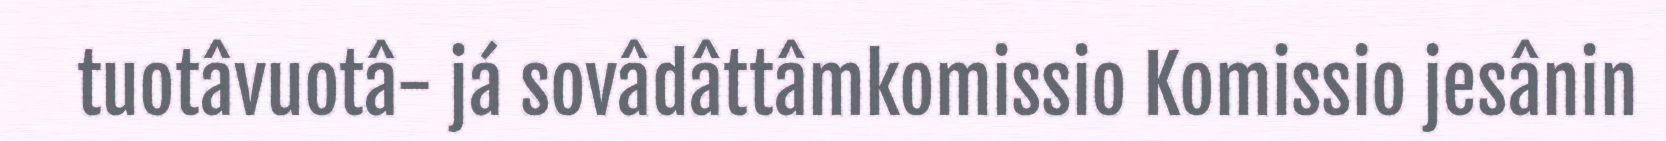
tuotâvuotâ- já sovâdâttâmkomissio Komissio jesânin